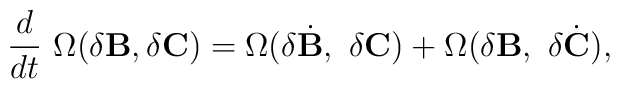
{d\over dt}~ \Omega(\delta {\bf B}, \delta {\bf C})= \Omega (\delta {\dot{{\bf B}}},~\delta {\bf C})+\Omega (\delta {\bf B},~\delta {\dot{{\bf C}}}),